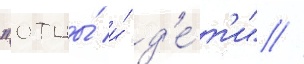
"отцы́ и́ д'е́т'и" //